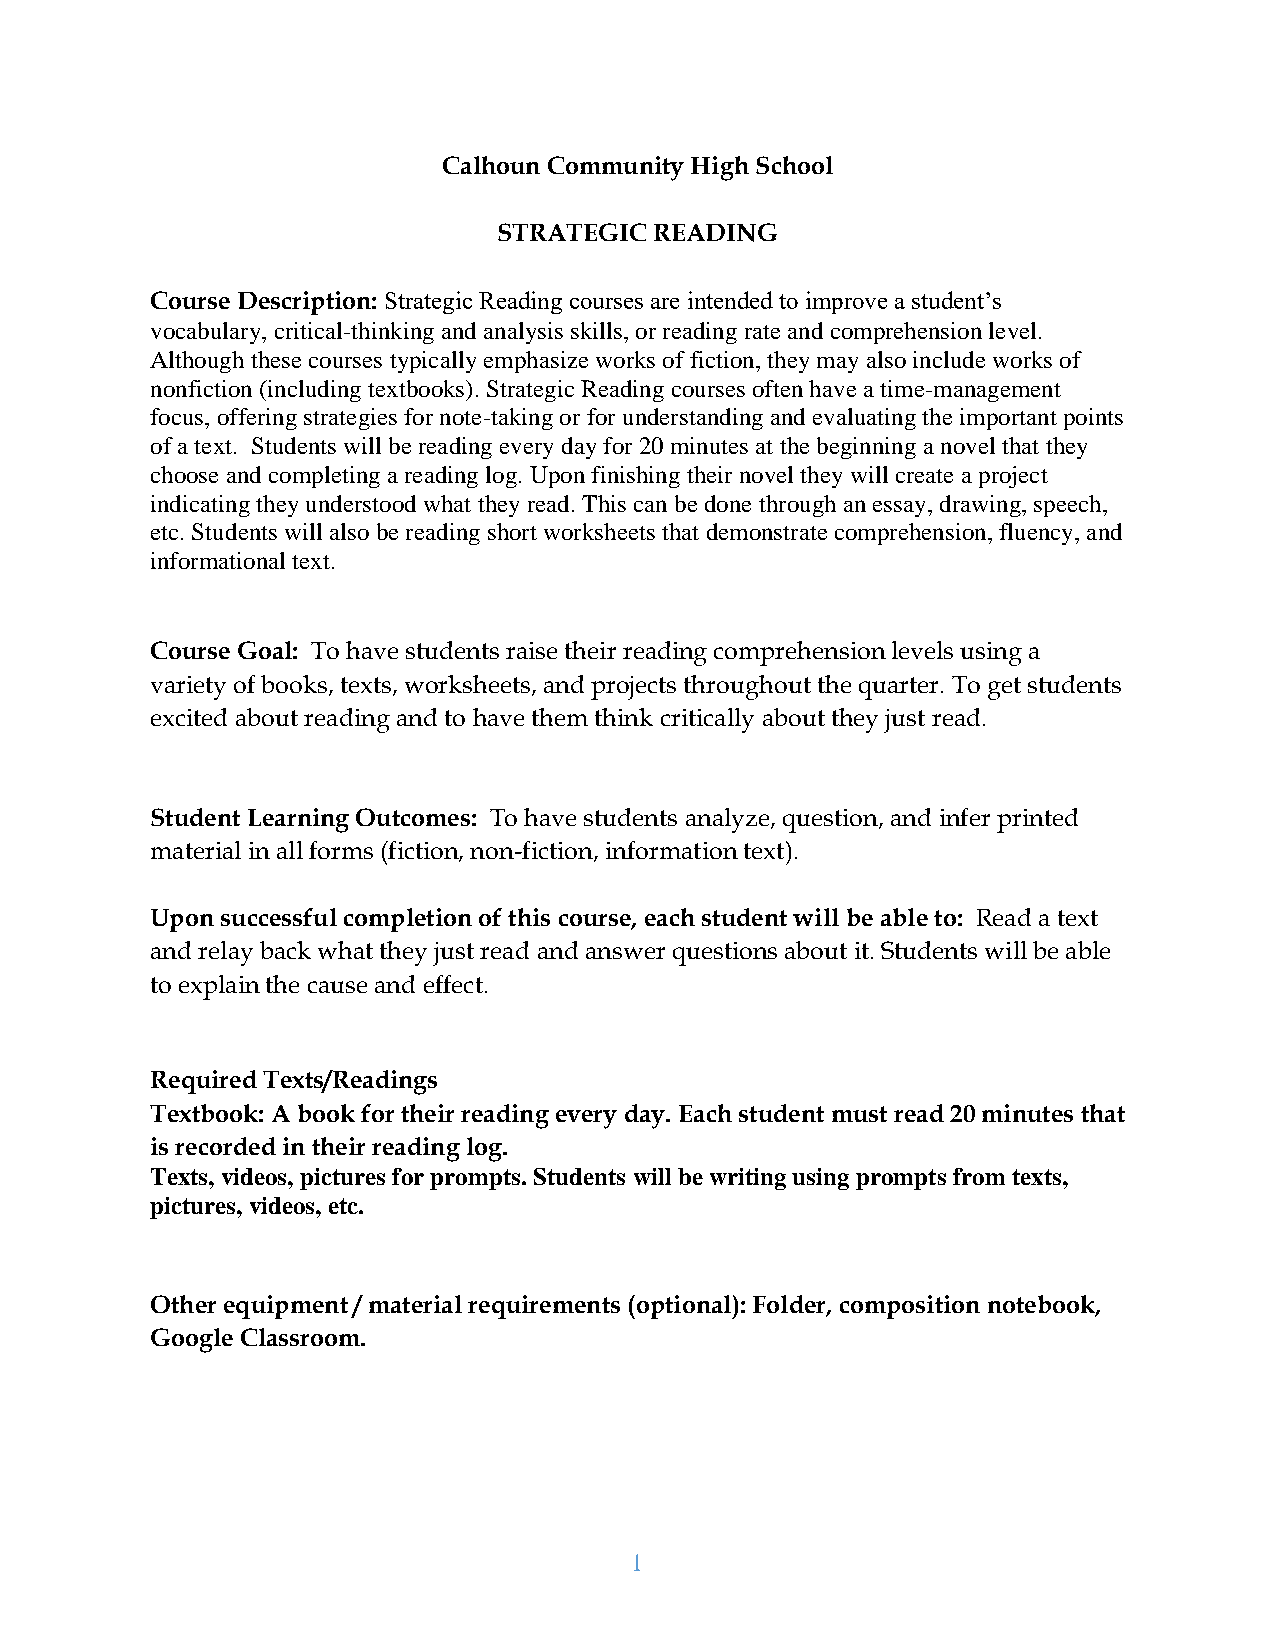
Calhoun Community High School
 STRATEGIC READING
 Course Description: Strategic Reading courses are intended to improve a student’s
 vocabulary, critical-thinking and analysis skills, or reading rate and comprehension level.
 Although these courses typically emphasize works of fiction, they may also include works of
 nonfiction (including textbooks). Strategic Reading courses often have a time-management
 focus, offering strategies for note-taking or for understanding and evaluating the important points
 of a text. Students will be reading every day for 20 minutes at the beginning a novel that they
 choose and completing a reading log. Upon finishing their novel they will create a project
 indicating they understood what they read. This can be done through an essay, drawing, speech,
 etc. Students will also be reading short worksheets that demonstrate comprehension, fluency, and
 informational text.
 Course Goal: To have students raise their reading comprehension levels using a
 variety of books, texts, worksheets, and projects throughout the quarter. To get students
 excited about reading and to have them think critically about they just read.
 Student Learning Outcomes: To have students analyze, question, and infer printed
 material in all forms (fiction, non-fiction, information text).
 Upon successful completion of this course, each student will be able to: Read a text
 and relay back what they just read and answer questions about it. Students will be able
 to explain the cause and effect.
 Required Texts/Readings
 Textbook: A book for their reading every day. Each student must read 20 minutes that
 is recorded in their reading log.
 Texts, videos, pictures for prompts. Students will be writing using prompts from texts,
 pictures, videos, etc.
 Other equipment / material requirements (optional): Folder, composition notebook,
 Google Classroom.
 1